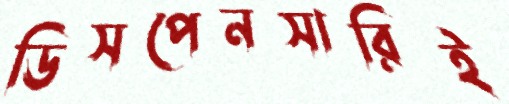
ডিসপেনসারিই